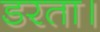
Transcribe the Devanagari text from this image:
डरता।